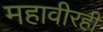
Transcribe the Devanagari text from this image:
महावीरही